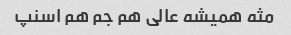
مثه همیشه عالی هم جم هم اسنپ